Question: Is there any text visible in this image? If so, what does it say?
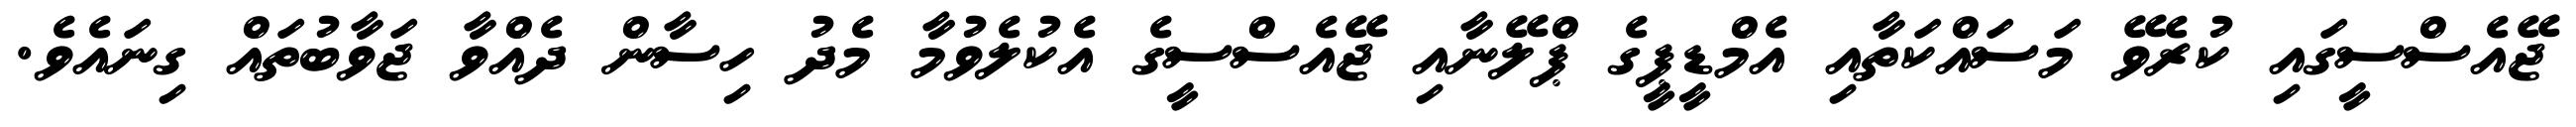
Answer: ޖޭއެސްސީގައި ކުރެވޭ މަސައްކަތާއި އެމްޑީޕީގެ ޕްލޭނާއި ޖޭއެސްސީގެ އެކުލެވުމާ މެދު ހިސާން ދެއްވާ ޖަވާބުތައް ގިނައެވެ.